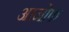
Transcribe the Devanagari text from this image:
आजोफ